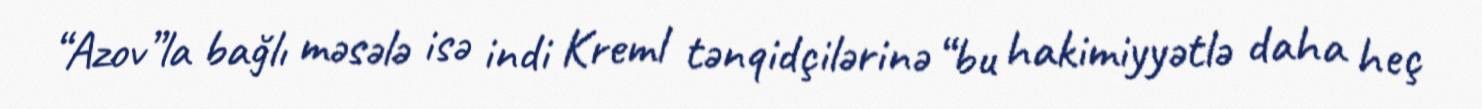
“Azov”la bağlı məsələ isə indi Kreml tənqidçilərinə “bu hakimiyyətlə daha heç